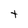
Character: t